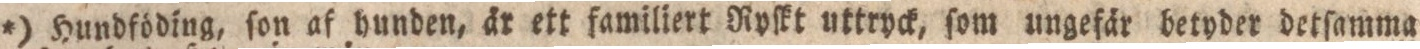
*) Hundföding, ſon af hunden, år ett familiert Rpſkt uttryck, ſom ungefär betyder detſamma